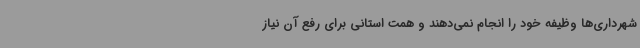
شهرداری‌ها وظیفه خود را انجام نمی‌دهند و همت استانی برای رفع آن نیاز